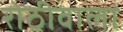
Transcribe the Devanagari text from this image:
रोठीवाला